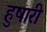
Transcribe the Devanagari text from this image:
हुषारी